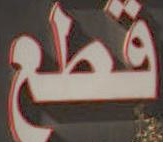
قطع